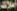
أملاك